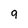
Character: q